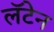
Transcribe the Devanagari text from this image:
लॅटेन